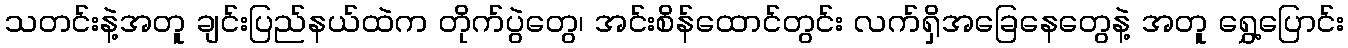
သတင်းနဲ့အတူ ချင်းပြည်နယ်ထဲက တိုက်ပွဲတွေ၊ အင်းစိန်ထောင်တွင်း လက်ရှိအခြေနေတွေနဲ့ အတူ ရွှေ့ပြောင်း